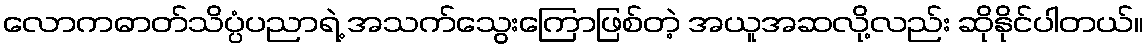
လောကဓာတ်သိပ္ပံပညာရဲ့ အသက်သွေးကြောဖြစ်တဲ့ အယူအဆလို့လည်း ဆိုနိုင်ပါတယ်။